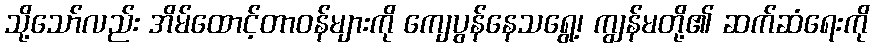
သို့သော်လည်း အိမ်ထောင့်တာဝန်များကို ကျေပွန်နေသရွေ့၊ ကျွန်မတို့၏ ဆက်ဆံရေးကို